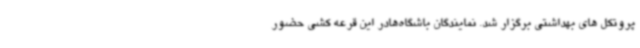
پروتکل های بهداشتی برگزار شد. نمایندگان باشگاه‌هادر این قرعه کشی حضور